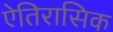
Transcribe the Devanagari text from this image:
ऐतिरासिक